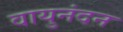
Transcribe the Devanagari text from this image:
वायुनंदन